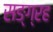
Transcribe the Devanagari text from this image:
सङ्ग्रह